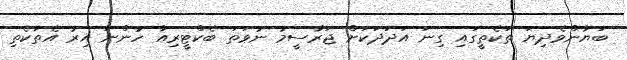
ބަޔާންވެދިޔަ ތަކެތީގައި ގިނަ އަދަދަކަށް ޖަރާސީމު ނުވަތަ ބެކްޓީރިއާ ހުންނަ އިރު އެތަކެތި